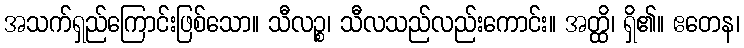
အသက်ရှည်ကြောင်းဖြစ်သော။ သီလဉ္စ၊ သီလသည်လည်းကောင်း။ အတ္ထိ၊ ရှိ၏။ ဧတေန၊